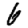
Digit: 6